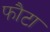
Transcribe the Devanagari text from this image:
फौटा